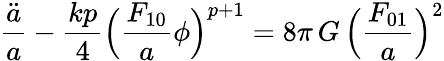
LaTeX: \frac{\ddot{a}}{a}-\frac{kp}{4}\Bigl(\frac{F_{10}}{a}\phi\Bigr)^{p+1}=8\pi\, G\, \Bigl(\frac{F_{01}}{a}\Bigr)^{2}